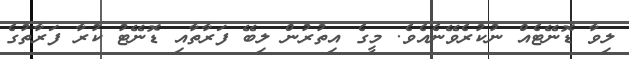
ލިވާ ޑޮނޭޓެއް ނުކުރެވޭނެއެވެ. މީގެ އިތުރުން ލިބޭ ފަރާތާއި ޑޮނޭޓު ކުރާ ފަރާތުގެ